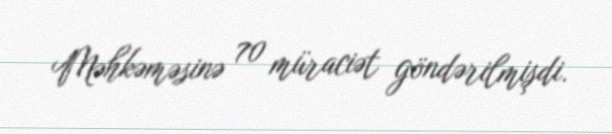
Məhkəməsinə 70 müraciət göndərilmişdi.